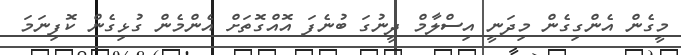
މީގެން އެންގިގެން މިދަނީ އިސްލާމް ދީނުގަ ބުނެފަ އޮއްގޮތަށް އެންމެން ގުޅިގެން ކޮފިނަމަ